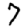
Digit: 7